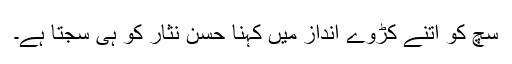
سچ کو اتنے کڑوے انداز میں کہنا حسن نثار کو ہی سجتا ہے۔